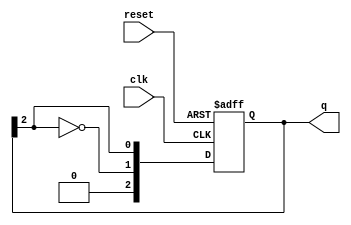
module JohnsonCounter #(
    parameter N = 3  // Parameter to define the number of bits
) (
    input wire clk,      // Clock input
    input wire reset,    // Asynchronous reset
    output reg [N-1:0] q // Output state of the counter
);

    // Sequential logic for the Johnson counter
    always @(posedge clk or posedge reset) begin
        if (reset) begin
            // Initialize the counter to 0 on reset
            q <= 0;
        end else begin
            // Shift the state and feed the inverted last flip-flop output to the first
            q <= {~q[N-1], q[N-1:N-1]}; // Shift and feedback
        end
    end

endmodule